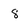
Character: 8